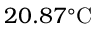
2 0 . 8 7 ^ { \circ } \mathrm { C }